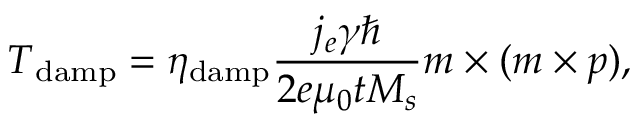
\boldsymbol { T } _ { \mathrm { d a m p } } = { \eta } _ { \mathrm { d a m p } } \frac { j _ { e } \gamma \hbar } { 2 e { \mu } _ { 0 } t M _ { s } } \boldsymbol { m } \times ( \boldsymbol { m } \times \boldsymbol { p } ) ,